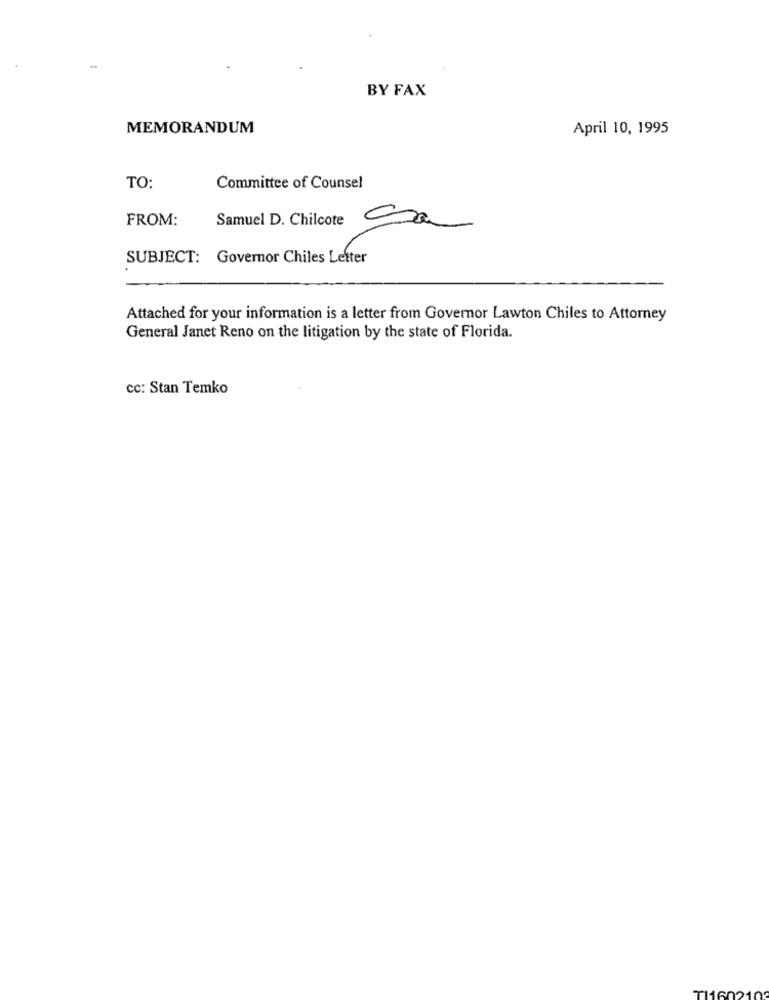
BY FAX
MEMORANDUM
April 10, 1995
TO:
Committee of Counsel
FROM:
Samuel D. Chilcote Era
SUBJECT: Governor Chiles Letter
Attached for your information is a letter from Governor Lawton Chiles to Attorney
General Janet Reno on the litigation by the state of Florida.
cc: Stan Temko
160